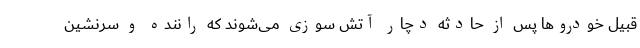
قبیل خودروها پس از حادثه دچار آتش سوزی می‌شوند که راننده و سرنشین